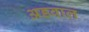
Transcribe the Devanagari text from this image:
अडवाल